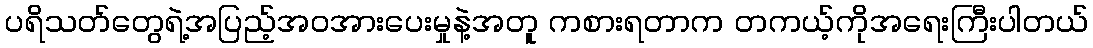
ပရိသတ်တွေရဲ့အပြည့်အဝအားပေးမှုနဲ့အတူ ကစားရတာက တကယ့်ကိုအရေးကြီးပါတယ်